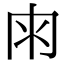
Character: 𠕒